Annual report of the Punjab Veterinary College and of the Civil Veterinary Department, Punjab - 1926-1932
Year: 1926
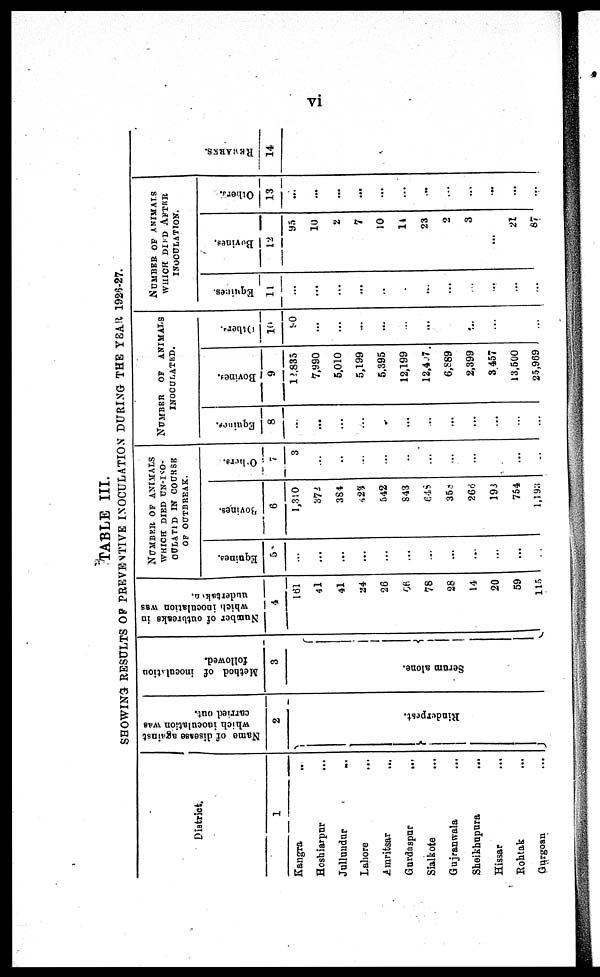
vi
TABLE III.
SHOWING RESULTS OF PREVENTIVE INOCULATION DURING THE YEAR 1926-27.
District.
1
Kangra ..
Hoshiarpur ...
Jullundur
...
Lahore ...
Amritsar ...
Gurdaspur
...
Sialkote ...
Gujranwala ...
Sheikhupura ...
Hissar ...
Rohtak ...
Gurgoan
...
Name of disease against
which inoculation was
carried out.
2
Rinderpest.
Method of inoculation
followed.
3
Se r
um alone.
Number of outbreaks in
which inoculation was
undertaken.
4
161
41
41
24
26
66
78
28
14
20
59
115
NUMBER OF ANIMALS
WHICH DIED UN-INO-
OULATED IN COURSE
OF OUTBREAK.
Equines.
5
...
...
...
...
...
...
...
...
...
...
...
...
Bovines.
6
1,310
372
384
423
542
843
645
358
266
193
754
1,193
7
3
...
..
...
...
...
...
...
...
...
...
..
NUMBER
OF
ANIMALS
INOCULATED.
Equines.
8
...
...
...
...
..
...
...
...
...
...
...
...
Bovines.
9
12,835
7,990
5,010
5,199
5,395
12,199
12,407
6,889
2,399
3 457
13,500
25,969
Others.
10
90
...
...
...
...
...
...
...
...
...
...
...
NUMBER OF ANIMALS
WHICH DIED AFTER
INOCULATION.
Equices.
11
...
...
...
...
..
...
...
...
...
...
...
...
Bovines.
12
95
10
2
7
10
11
23
2
3
...
21
87
Others.
13
...
...
...
...
...
...
...
...
...
...
...
...
REMARKS .
14